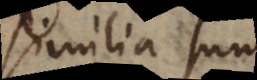
similia sunt,